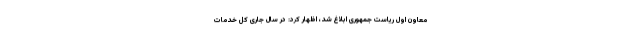
معاون اول ریاست جمهوری ابلاغ شد، اظهار کرد: در سال جاری کل خدمات